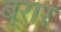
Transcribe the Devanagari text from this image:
ब्रार